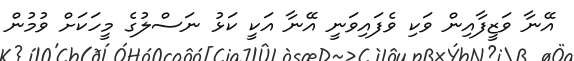
އޭނާ ވަޒީފާއިން ވަކި ވެފައިވަނީ އޭނާ އަކީ ކަޅު ނަސްލުގެ މީހަކަށް ވުމުން